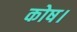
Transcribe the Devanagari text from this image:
कोष।